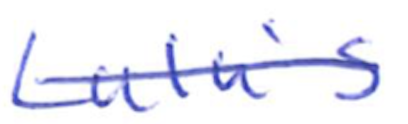
Text: Lulu's
Cross-out: single-line
Writing tool: ballpoint